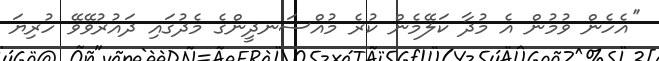
''އެހެން ވުމުން އެ މުދާ ކަލޭމެން ކުރެ މުއްސަނދީންގެ މެދުގައި ދައުރުވޭވޭ ހުރިޔަ